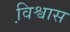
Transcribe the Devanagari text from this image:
वि़श्वास